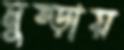
মুষ্‌ড়ায়